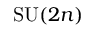
\mathrm { S U } ( 2 n )